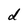
Character: d